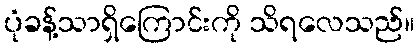
ပုံခန့်သာရှိကြောင်းကို သိရလေသည်။